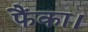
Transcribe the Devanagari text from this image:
फैंका।